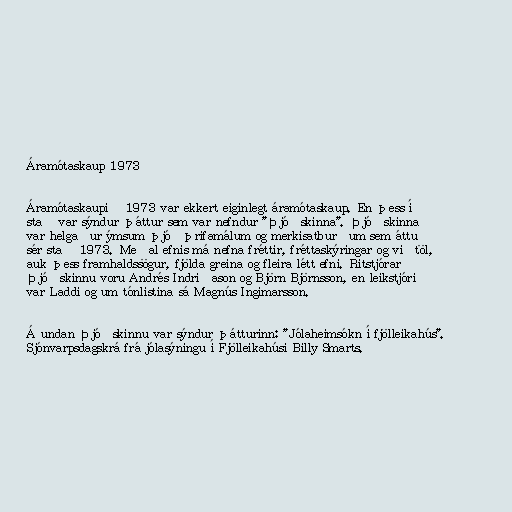
Áramótaskaup 1973

Áramótaskaupið 1973 var ekkert eiginlegt áramótaskaup. En þess í
stað var sýndur þáttur sem var nefndur "Þjóðskinna". Þjóðskinna
var helgaður ýmsum þjóðþrifamálum og merkisatburðum sem áttu
sér stað 1973. Meðal efnis má nefna fréttir, fréttaskýringar og viðtöl,
auk þess framhaldssögur, fjölda greina og fleira létt efni. Ritstjórar
Þjóðskinnu voru Andrés Indriðason og Björn Björnsson, en leikstjóri
var Laddi og um tónlistina sá Magnús Ingimarsson.

Á undan Þjóðskinnu var sýndur þátturinn: "Jólaheimsókn í fjölleikahús".
Sjónvarpsdagskrá frá jólasýningu í Fjölleikahúsi Billy Smarts.